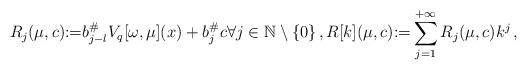
LaTeX: \begin{align*}&R_j(\mu,c){:=} {b^\#_{j-l}} V_{q}[\omega, \mu](x) + {b^\#_j} c\forall j \in \mathbb{N}\setminus \{0\}\, ,R[k](\mu,c){:=} \sum_{j=1}^{+\infty}R_j(\mu,c)k^j\, ,\end{align*}